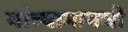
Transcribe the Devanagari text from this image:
यांच्यामागची